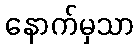
နောက်မှသာ